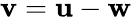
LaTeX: \mathbf{v}=\mathbf{u}-\mathbf{w}